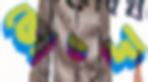
ভোঁদা